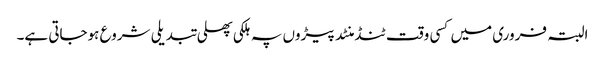
البتہ فروری میں کسی وقت ٹنڈ منٹد پیڑوں پہ ہلکی پھلی تبدیلی شروع ہوجاتی ہے۔